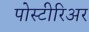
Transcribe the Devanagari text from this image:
पोस्टीरिअर